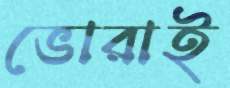
ভোরাই